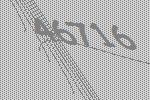
46716